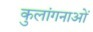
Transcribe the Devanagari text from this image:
कुलांगनाओं